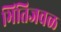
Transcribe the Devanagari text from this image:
भिंतिजवळ